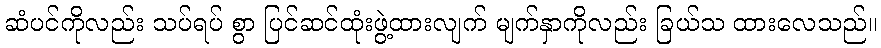
ဆံပင်ကိုလည်း သပ်ရပ် စွာ ပြင်ဆင်ထုံးဖွဲ့ထားလျက် မျက်နှာကိုလည်း ခြယ်သ ထားလေသည်။